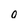
Character: 0